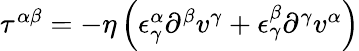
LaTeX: \begin{array}{r}{\tau^{\alpha\beta}=-\eta\left(\epsilon_{\gamma}^{\alpha}\partial^{\beta}v^{\gamma}+\epsilon_{\gamma}^{\beta}\partial^{\gamma}v^{\alpha}\right)}\end{array}